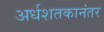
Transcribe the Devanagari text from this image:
अर्धशतकानंतर